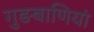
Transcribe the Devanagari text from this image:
गुङबाणियां